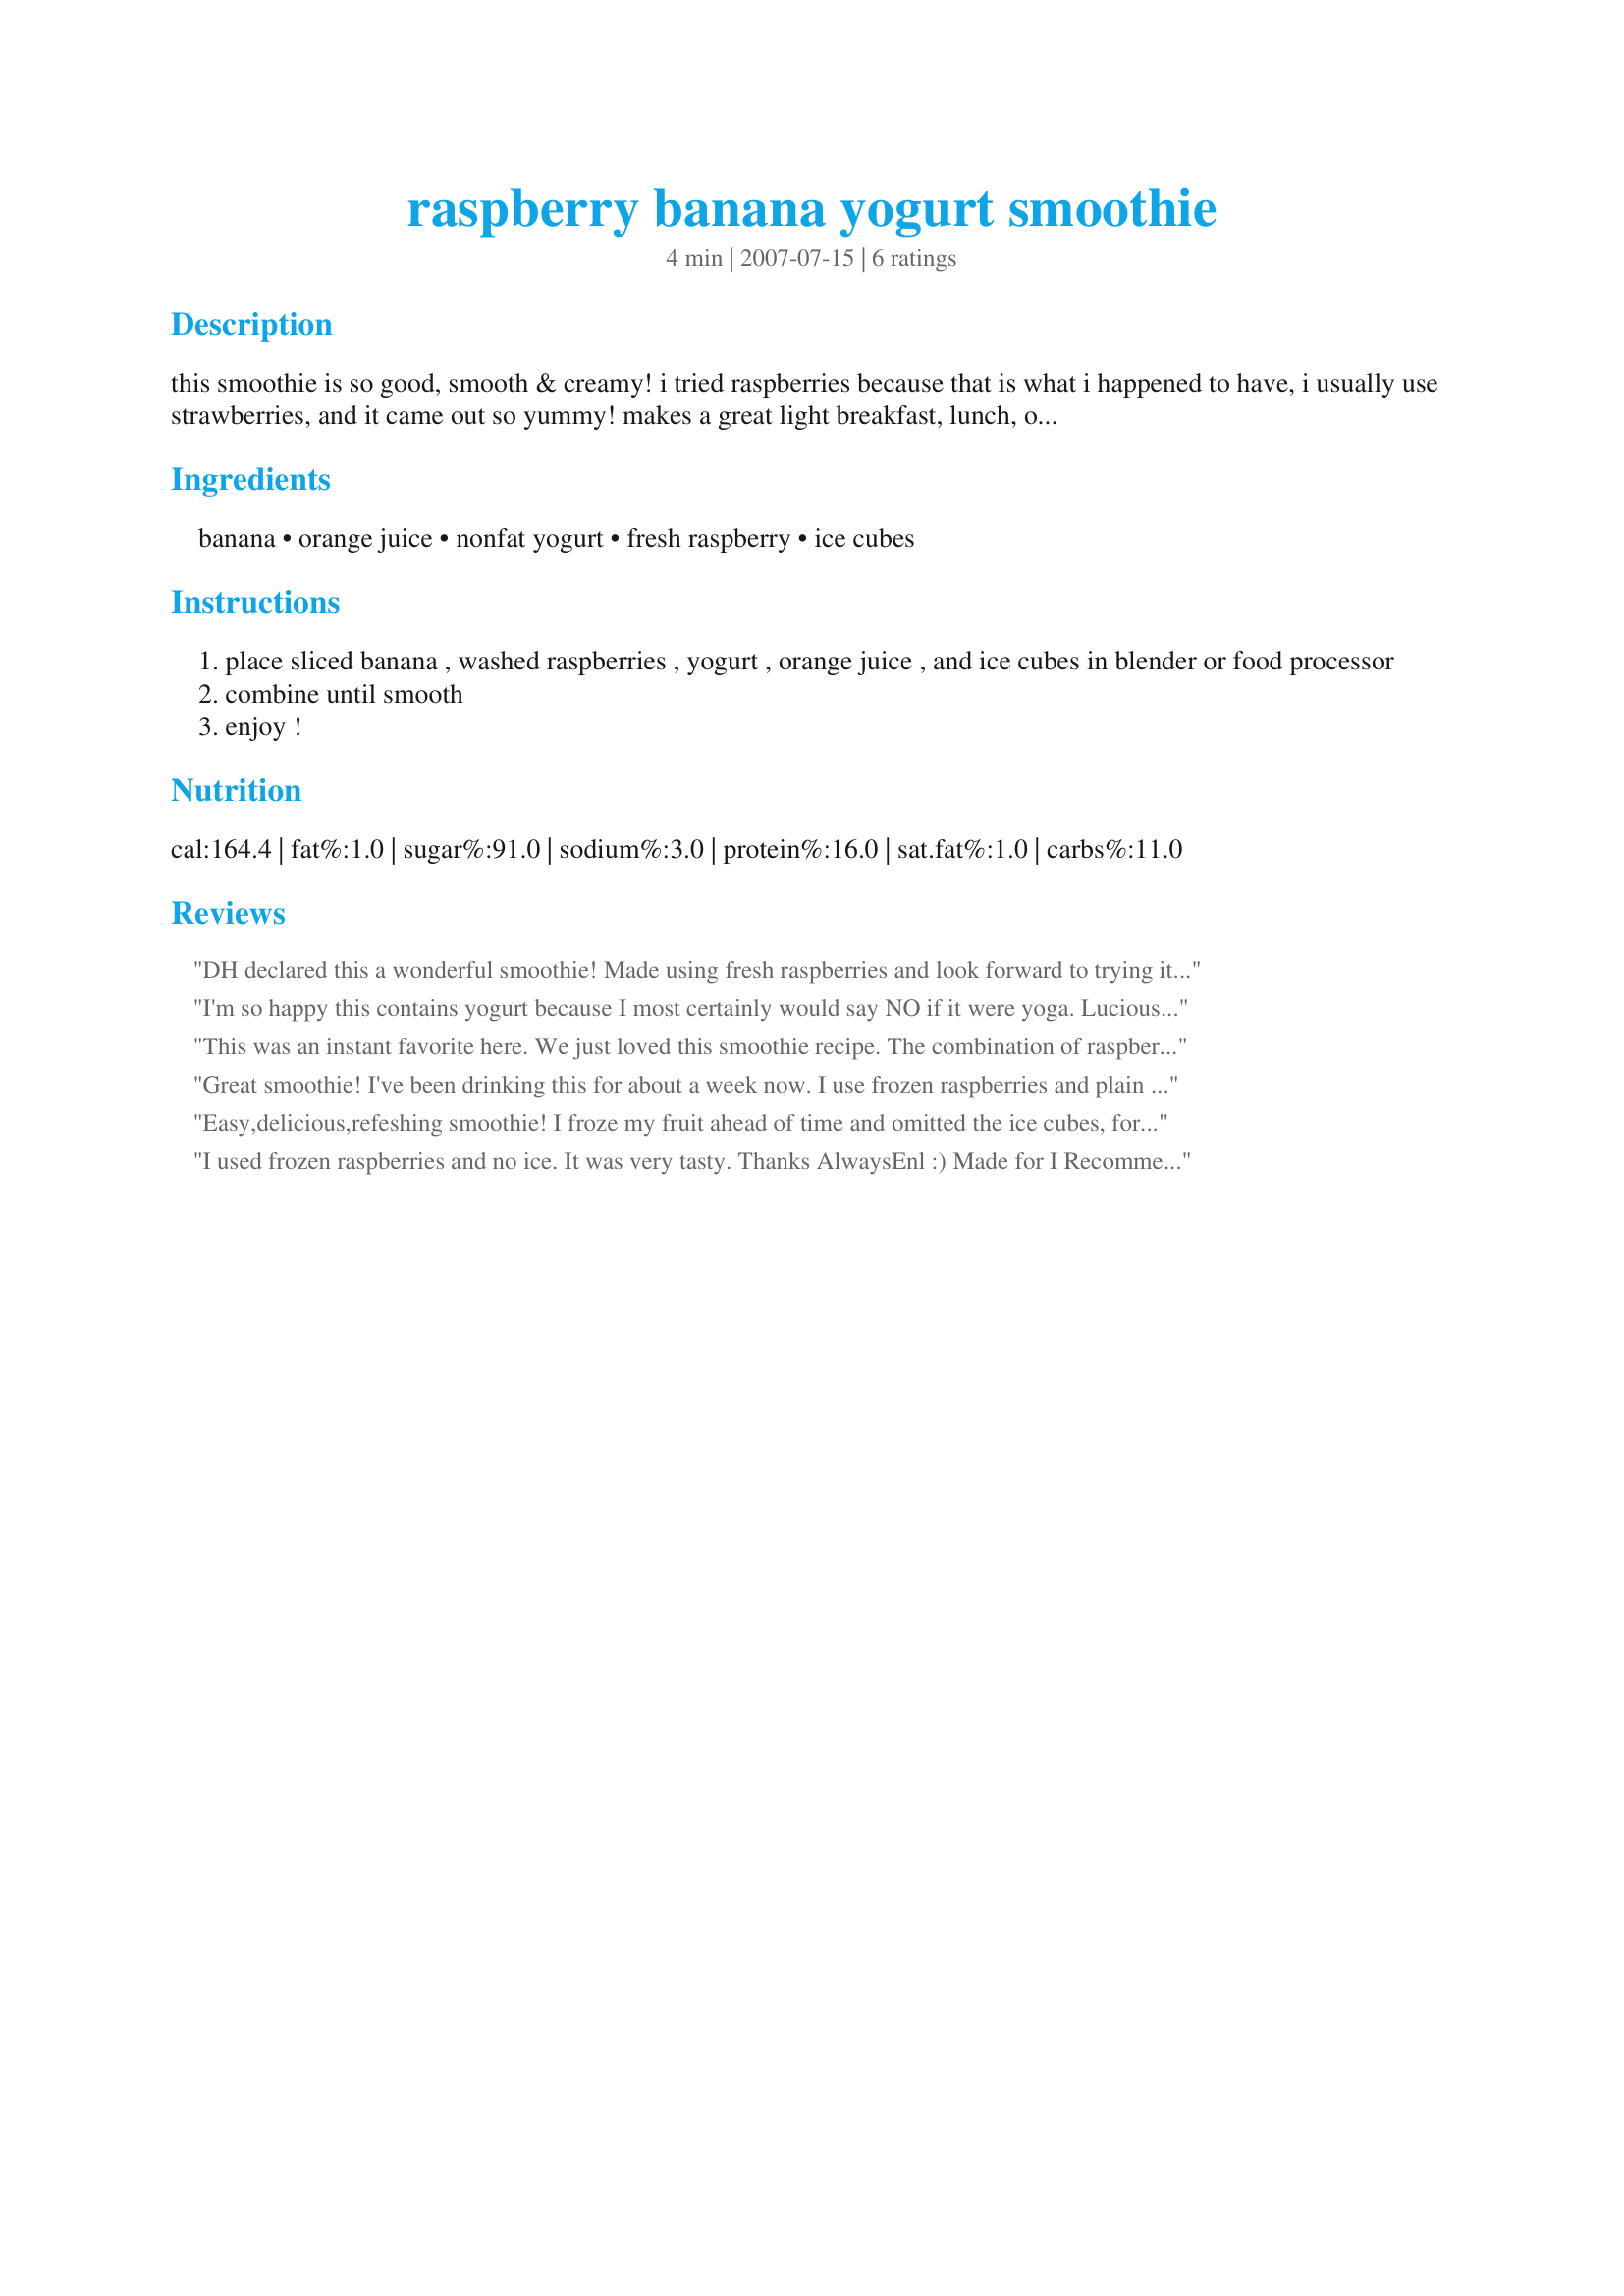
raspberry banana yogurt smoothie
Preparation time: 4 minutes

this smoothie is so good, smooth & creamy! i tried raspberries because that is what i happened to have, i usually use strawberries, and it came out so yummy! makes a great light breakfast, lunch, or snack. this is for one serving because that is what i usually make, but it can be easily doubled.

Ingredients:
banana, orange juice, nonfat yogurt, fresh raspberry, ice cubes

Steps:
place sliced banana , washed raspberries , yogurt , orange juice , and ice cubes in blender or food processor
combine until smooth
enjoy !

Reviews:
DH declared this a wonderful smoothie! Made using fresh raspberries and look forward to trying it with frozen as suggested by some other reviewers. Thanks for the post.
I'm so happy this contains yogurt because I most certainly would say NO if it were yoga. Lucious! Made for Best of 2010.
This was an instant favorite here. We just loved this smoothie recipe. The combination of raspberries and orange juice made it really stand out. Delish!
Great smoothie! I've been drinking this for about a week now. I use frozen raspberries and plain yogurt. Thanks for posting!
Roxygirl
Easy,delicious,refeshing smoothie! I froze my fruit ahead of time and omitted the ice cubes, for a more fruity flavor! I made this for Spring PAC 2010, thanks!
I used frozen raspberries and no ice. It was very tasty. Thanks AlwaysEnl :) Made for I Recommend tag game
